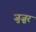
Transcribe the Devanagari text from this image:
जुज़ुर